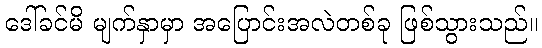
ဒေါ်ခင်မိ မျက်နှာမှာ အပြောင်းအလဲတစ်ခု ဖြစ်သွားသည်။